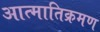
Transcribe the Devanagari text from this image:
आत्मातिक्रमण